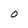
Character: O